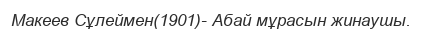
Макеев Сұлеймен(1901)- Абай мұрасын жинаушы.